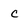
Character: C